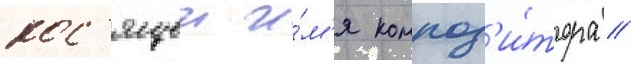
нос'ящеи и́м'я композ'и́тора /